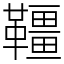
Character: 韁